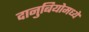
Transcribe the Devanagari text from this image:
दानुबियोमध्ये